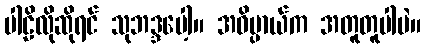
ပါဠိလိုဆိုရင် သုဘဒ္ဒပေါ့။ အဓိပ္ပာယ်က အတူတူပါပဲ။